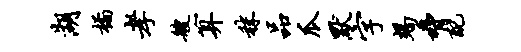
湖橘孝艘算秣品瓜默字竭胁配